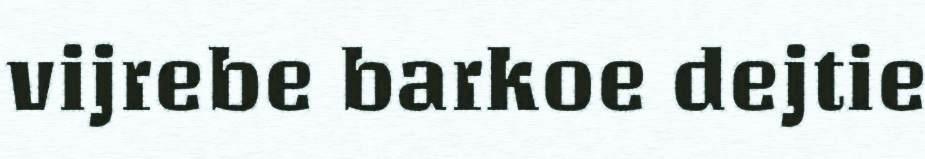
vijrebe barkoe dejtie